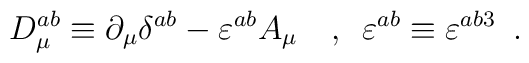
D_\mu ^{ab}\equiv \partial _\mu \delta ^{ab}-\varepsilon ^{ab}A_\mu\,\,\,\,\,\,,\,\,\,\varepsilon ^{ab}\equiv \varepsilon ^{ab3}\,\,\,.